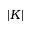
| K |